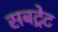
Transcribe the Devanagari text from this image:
सबट्रेट